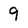
Character: 9